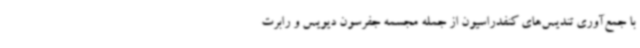
با جمع‌آوری تندیس‌های کنفدراسیون از جمله مجسمه جفرسون دیویس و رابرت